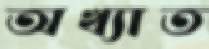
অখ্যাত